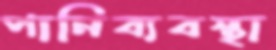
পানিব্যবস্থা